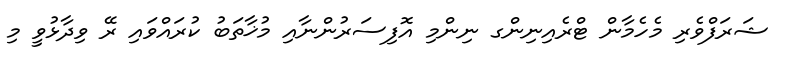
ޝަރަފްވެރި މެހެމާން ޓްރެއިނިންގ ނިންމި އޮފިސަރުންނާއި މުޚާތަބު ކުރައްވައި ރޭ ވިދާޅުވީ މި